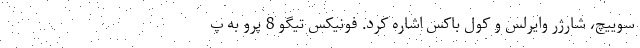
سوییچ، شارژر وایرلس و کول ‌باکس اشاره کرد. فونیکس تیگو 8 پرو به پ